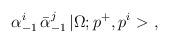
LaTeX: \begin{align*}\alpha^i_{-1}\,\bar{\alpha}^j_{-1}\,|\Omega;p^+,p^i>\ ,\end{align*}